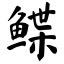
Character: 鲽